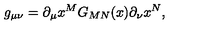
g _ { \mu \nu } = \partial _ { \mu } x ^ { M } G _ { M N } ( x ) \partial _ { \nu } x ^ { N } ,